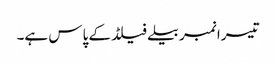
تیسرا نمبر بیلےفیلڈ کے پاس ہے۔